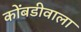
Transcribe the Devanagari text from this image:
कोंबडीवाला